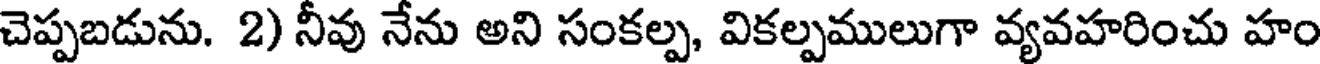
చెప్పబడును. 2) నీవు నేను అని సంకల్ప, వికల్పములుగా వ్యవహరించు హం